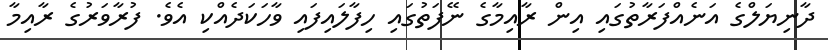
ދާނިޔަލްގެ އަނެއްފަރާތުގައި އިން ރާއިމާގެ ނޭފަތުގައި ހިފާލައިފައި ވާހަކަދެއްކި އެވެ. ފުރާވަރުގެ ރާއިމާ